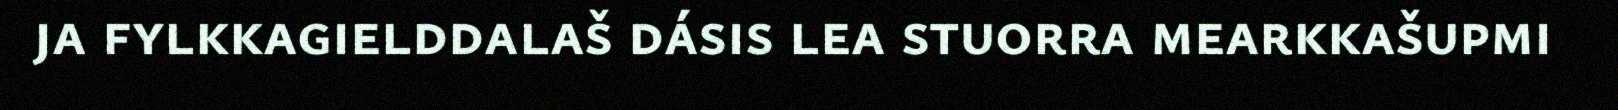
ja fylkkagielddalaš dásis lea stuorra mearkkašupmi